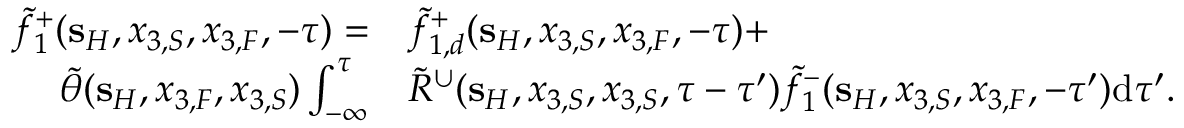
\begin{array} { r l } { \tilde { f } _ { 1 } ^ { + } ( { \bf s } _ { H } , x _ { 3 , S } , x _ { 3 , F } , - \tau ) = } & { \tilde { f } _ { 1 , d } ^ { + } ( { \bf s } _ { H } , x _ { 3 , S } , x _ { 3 , F } , - \tau ) + } \\ { \tilde { \theta } ( { \bf s } _ { H } , x _ { 3 , F } , x _ { 3 , S } ) \int _ { - \infty } ^ { \tau } } & { \tilde { R } ^ { \cup } ( { \bf s } _ { H } , x _ { 3 , S } , x _ { 3 , S } , \tau - \tau ^ { \prime } ) \tilde { f } _ { 1 } ^ { - } ( { \bf s } _ { H } , x _ { 3 , S } , x _ { 3 , F } , - \tau ^ { \prime } ) \mathrm { d } \tau ^ { \prime } . } \end{array}